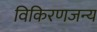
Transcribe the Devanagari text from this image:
विकिरणजन्य